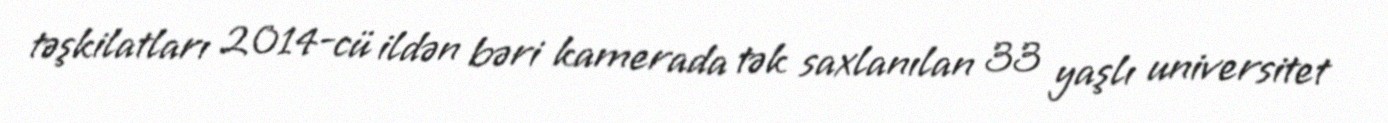
təşkilatları 2014-cü ildən bəri kamerada tək saxlanılan 33 yaşlı universitet